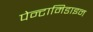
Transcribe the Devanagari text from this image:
पेन्टामिडाइन